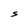
Character: S